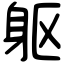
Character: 躯